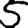
Digit: 5